Vaccination report Assam 1896-1927 - 1896-1927
Year: 1896
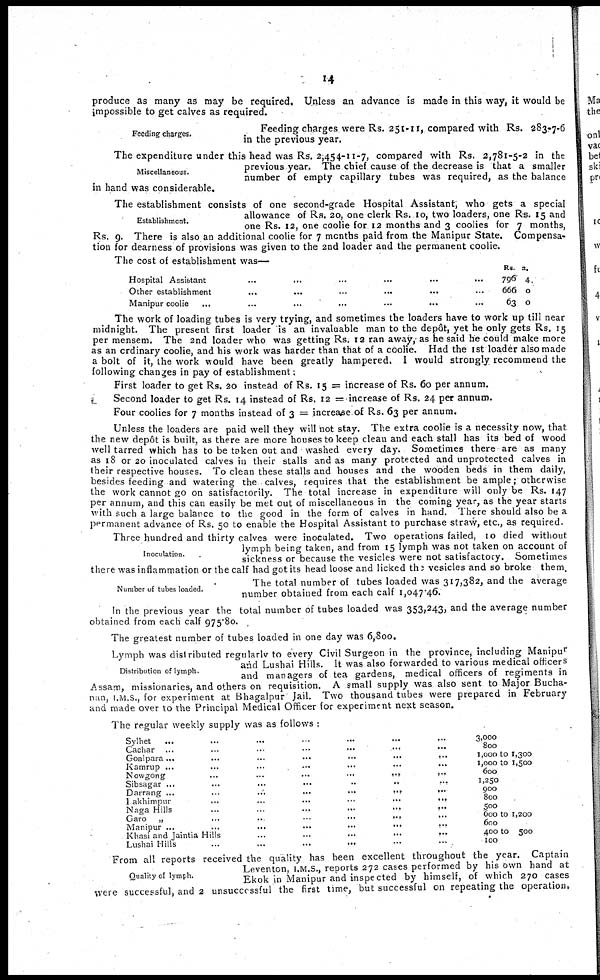
14
produce as many as may be required. Unless an advance is made in this way, it would be
impossible to get calves as required.
Feeding charges.
Feeding charges were Rs. 251-11, compared with Rs. 283-7-6
in the previous year.
Miscellaneous.
The expenditure under this head was Rs. 2,454-11-7, compared with Rs. 2,781-5-2 in the
previous year. The chief cause of the decrease is that a smaller
number of empty capillary tubes was required, as the balance
in hand was considerable.
Establishment.
The establishment consists of one second-grade Hospital Assistant, who gets a special
allowance of Rs. 20, one clerk Rs. 10, two loaders, one Rs. 15 and
one Rs. 12, one coolie for 12 months and 3 coolies for 7 months,
Rs. 9. There is also an additional coolie for 7 months paid from the Manipur State. Compensa-
tion for dearness of provisions was given to the 2nd loader and the permanent coolie.
The cost of establishment was—
Hospital Assistant
...
...
...
...
...
...
Other establishment
...
...
...
...
... ...
Manipur coolie
...
...
...
...
...
... ...
Rs.
796
666
63
a.
4.
0
0
The work of loading tubes is very trying, and sometimes the loaders have to work up till near
midnight. The present first loader is an invaluable man to the depôt, yet he only gets Rs. 15
per mensem. The 2nd loader who was getting Rs. 12 ran away, as he said he could make more
as an ordinary coolie, and his work was harder than that of a coolie. Had the 1st loader also made
a bolt of it, the work would have been greatly hampered. I would strongly recommend the
following changes in pay of establishment:
First loader to get Rs. 20 instead of Rs. 15 = increase of Rs. 60 per annum.
Second loader to get Rs. 14 instead of Rs. 12 = increase of Rs. 24 per annum.
Four coolies for 7 months instead of 3 = increase of Rs. 63 per annum.
Unless the loaders are paid well they will not stay. The extra coolie is a necessity now, that
the new depôt is built, as there are more houses to keep clean and each stall has its bed of wood
well tarred which has to be taken out and washed every day. Sometimes there are as many
as 18 or 20 inoculated calves in their stalls and as many protected and unprotected calves in
their respective houses. To clean these stalls and houses and the wooden beds in them daily,
besides feeding and watering the calves, requires that the establishment be ample; otherwise
the work cannot go on satisfactorily. The total increase in expenditure will only be Rs. 147
per annum, and this can easily be met out of miscellaneous in the coming year, as the year starts
with such a large balance to the good in the form of calves in hand. There should also be a
permanent advance of Rs. 50 to enable the Hospital Assistant to purchase straw, etc., as required.
Inoculation.
Three hundred and thirty calves were inoculated. Two operations failed, 10 died without
lymph being taken, and from 15 lymph was not taken on account of
sickness or because the vesicles were not satisfactory. Sometimes
there was inflammation or the calf had got its head loose and licked the vesicles and so broke them.
Number of tubes loaded.
The total number of tubes loaded was 317,382, and the average
number obtained from each calf 1,047.46.
In the previous year the total number of tubes loaded was 353,243, and the average number
obtained from each calf 975.80.
The greatest number of tubes loaded in one day was 6,800.
Distribution of lymph.
Lymph was distributed regularly to every Civil Surgeon in the province, including Manipur
and Lushai Hills. It was also forwarded to various medical officers
and managers of tea gardens, medical officers of regiments in
Assam, missionaries, and others on requisition. A small supply was also sent to Major Bucha-
nan, I.M.S., for experiment at Bhagalpur Jail. Two thousand tubes were prepared in February
and made over to the Principal Medical Officer for experiment next season.
The regular weekly supply was as follows :
Sylhet ... ... ... ... ... ... ...
Cachar ...
...
...
...
...
...
...
Goalpara...
...
...
...
...
...
...
Kamrup ...
...
...
...
...
...
...
Nowgong
...
...
...
...
...
...
Sibsagar ... ... ... ... ... ... ... ...
Darrang ...
...
...
...
...
...
...
Hakhimpur
...
...
...
...
...
...
Naga Hills
...
...
...
...
...
...
Garo
...
...
...
...
...
...
Manipur ...
...
...
...
...
...
...
Khasi and JaintIa Hills ... ... ... ... ...
Lushai Hills
...
...
...
... ... ...
3,000
800
1,000 to 1,300
1,000 to 1,500
600
1,250
900
800
500
600 to 1,200
600
400 to 500
100
Quality of lymph.
From all reports received the quality has been excellent throughout the year. Captain
Leventon, I.M.S., reports 272 cases performed by his own hand at
Ekok in Manipur and inspected by himself, of which 270 cases
were successful, and 2 unsuccessful the first time, but successful on repeating the operation.